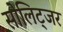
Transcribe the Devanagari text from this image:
सोलिट्जर